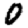
Digit: 0